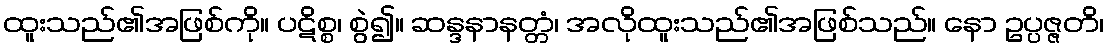
ထူးသည်၏အဖြစ်ကို။ ပဋိစ္စ၊ စွဲ၍။ ဆန္ဒနာနတ္တံ၊ အလိုထူးသည်၏အဖြစ်သည်။ နော ဥပ္ပဇ္ဇတိ၊